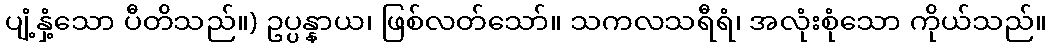
ပျံ့နှံ့သော ပီတိသည်။) ဥပ္ပန္နာယ၊ ဖြစ်လတ်သော်။ သကလသရီရံ၊ အလုံးစုံသော ကိုယ်သည်။